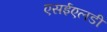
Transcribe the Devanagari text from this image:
एसईएलडी